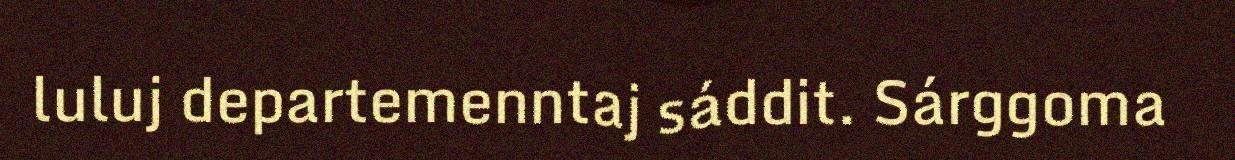
luluj departemenntaj sáddit. Sárggoma